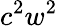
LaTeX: c^{2}w^{2}